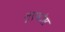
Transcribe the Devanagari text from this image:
नुएवोस